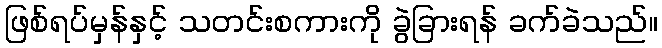
ဖြစ်ရပ်မှန်နှင့် သတင်းစကားကို ခွဲခြားရန် ခက်ခဲသည်။